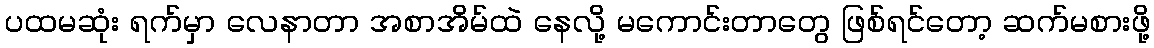
ပထမဆုံး ရက်မှာ လေနာတာ အစာအိမ်ထဲ နေလို့ မကောင်းတာတွေ ဖြစ်ရင်တော့ ဆက်မစားဖို့